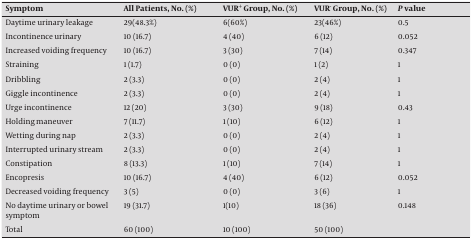
<table><thead><tr><td><b>Symptom</b></td><td><b>All Patients, No. (%)</b></td><td><b>VUR<sup>+</sup> Group, No. (%)</b></td><td><b>VUR<sup>-</sup> Group, No. (%)</b></td><td><b><i>P</i> Value</b></td></tr></thead><tbody><tr><td>Daytime urinary leakage</td><td>29(48.3%)</td><td>6(60%)</td><td>23(46%)</td><td>0.5</td></tr><tr><td>Incontinence urinary</td><td>10 (16.7)</td><td>4 (40)</td><td>6 (12)</td><td>0.052</td></tr><tr><td>Increased voiding frequency</td><td>10 (16.7)</td><td>3 (30)</td><td>7 (14)</td><td>0.347</td></tr><tr><td>Straining</td><td>1 (1.7)</td><td>0 (0)</td><td>1 (2)</td><td>1</td></tr><tr><td>Dribbling</td><td>2 (3.3)</td><td>0 (0)</td><td>2 (4)</td><td>1</td></tr><tr><td>Giggle incontinence</td><td>2 (3.3)</td><td>0 (0)</td><td>2 (4)</td><td>1</td></tr><tr><td>Urge incontinence</td><td>12 (20)</td><td>3 (30)</td><td>9 (18)</td><td>0.43</td></tr><tr><td>Holding maneuver</td><td>7 (11.7)</td><td>1 (10)</td><td>6 (12)</td><td>1</td></tr><tr><td>Wetting during nap</td><td>2 (3.3)</td><td>0 (0)</td><td>2 (4)</td><td>1</td></tr><tr><td>Interrupted urinary stream</td><td>2 (3.3)</td><td>0 (0)</td><td>2 (4)</td><td>1</td></tr><tr><td>Constipation</td><td>8 (13.3)</td><td>1 (10)</td><td>7 (14)</td><td>1</td></tr><tr><td>Encopresis</td><td>10 (16.7)</td><td>4 (40)</td><td>6 (12)</td><td>0.052</td></tr><tr><td>Decreased voiding frequency</td><td>3 (5)</td><td>0 (0)</td><td>3 (6)</td><td>1</td></tr><tr><td>No daytime urinary or bowel symptom</td><td>19 (31.7)</td><td>1(10)</td><td>18 (36)</td><td>0.148</td></tr><tr><td>Total</td><td>60 (100)</td><td>10 (100)</td><td>50 (100)</td><td></td></tr></tbody></table>